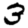
Digit: 3